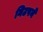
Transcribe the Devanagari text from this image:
निटपने